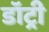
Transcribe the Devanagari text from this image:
डॉट्री